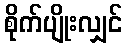
စိုက်ပျိုးလျှင်